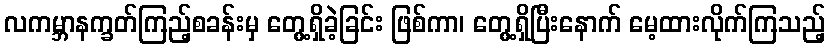
လကမ္ဘာနက္ခတ်ကြည့်စခန်းမှ တွေ့ရှိခဲ့ခြင်း ဖြစ်ကာ၊ တွေ့ရှိပြီးနောက် မေ့ထားလိုက်ကြသည့်